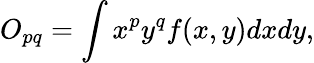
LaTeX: {O_{pq}}=\int{{x^{p}}}{y^{q}}f(x,y)dxdy,